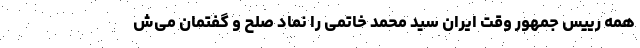
همه رییس جمهور وقت ایران سید محمد خاتمی را نماد صلح و گفتمان می‌ش